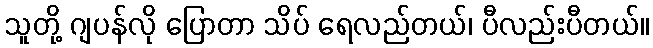
သူတို့ ဂျပန်လို ပြောတာ သိပ် ရေလည်တယ်၊ ပီလည်းပီတယ်။